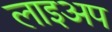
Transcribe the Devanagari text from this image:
लाइअप